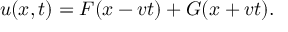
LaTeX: u ( x , t ) = F ( x - v t ) + G ( x + v t ) .